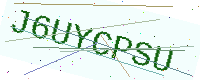
Text: J6UYCPSU